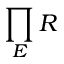
\prod _ { E } R